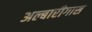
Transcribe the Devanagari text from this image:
अल्बारीगास